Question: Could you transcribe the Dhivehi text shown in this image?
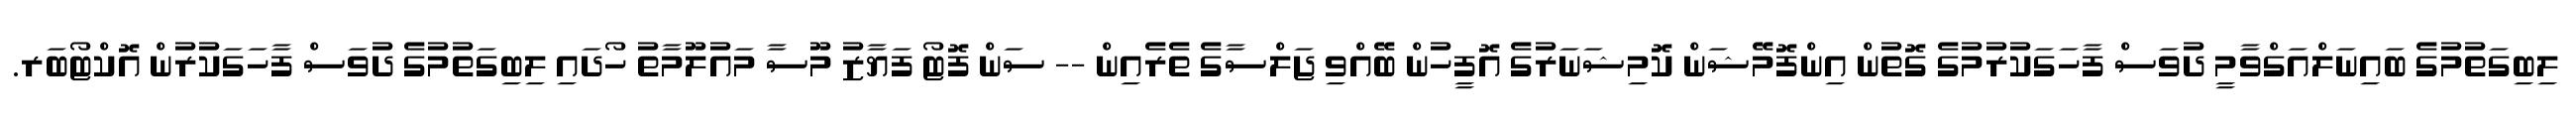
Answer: ލިބިގަތުމުގެ ބައިނަލްއަގްވާމީ ދުވަސް ފާހަގަކުރުމުގެ ގޮތުން އިންފޮމޭޝަން ކޮމިޝަނަރުގެ އޮފީހުން ބޭއްވި ޖަލްސާގެ ތެރެއިން -- ސަން ފޮޓޯ ފަޔާޒު މޫސާ މައުލޫމާތު ހޯދައި ލިބިގަތުމުގެ ދުވަސް ފާހަގަކުރުން އޮކްޓޯބަރ.